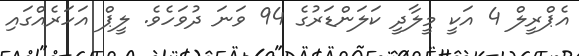
އެޕްރީލް 4 އަކީ މީލާދީ ކަލަންޑަރުގެ 94 ވަނަ ދުވަހެވެ. ލީޕް އަހަރެއްގައި